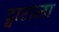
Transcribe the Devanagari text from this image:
द्वाराला